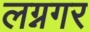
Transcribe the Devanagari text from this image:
लग्नगर